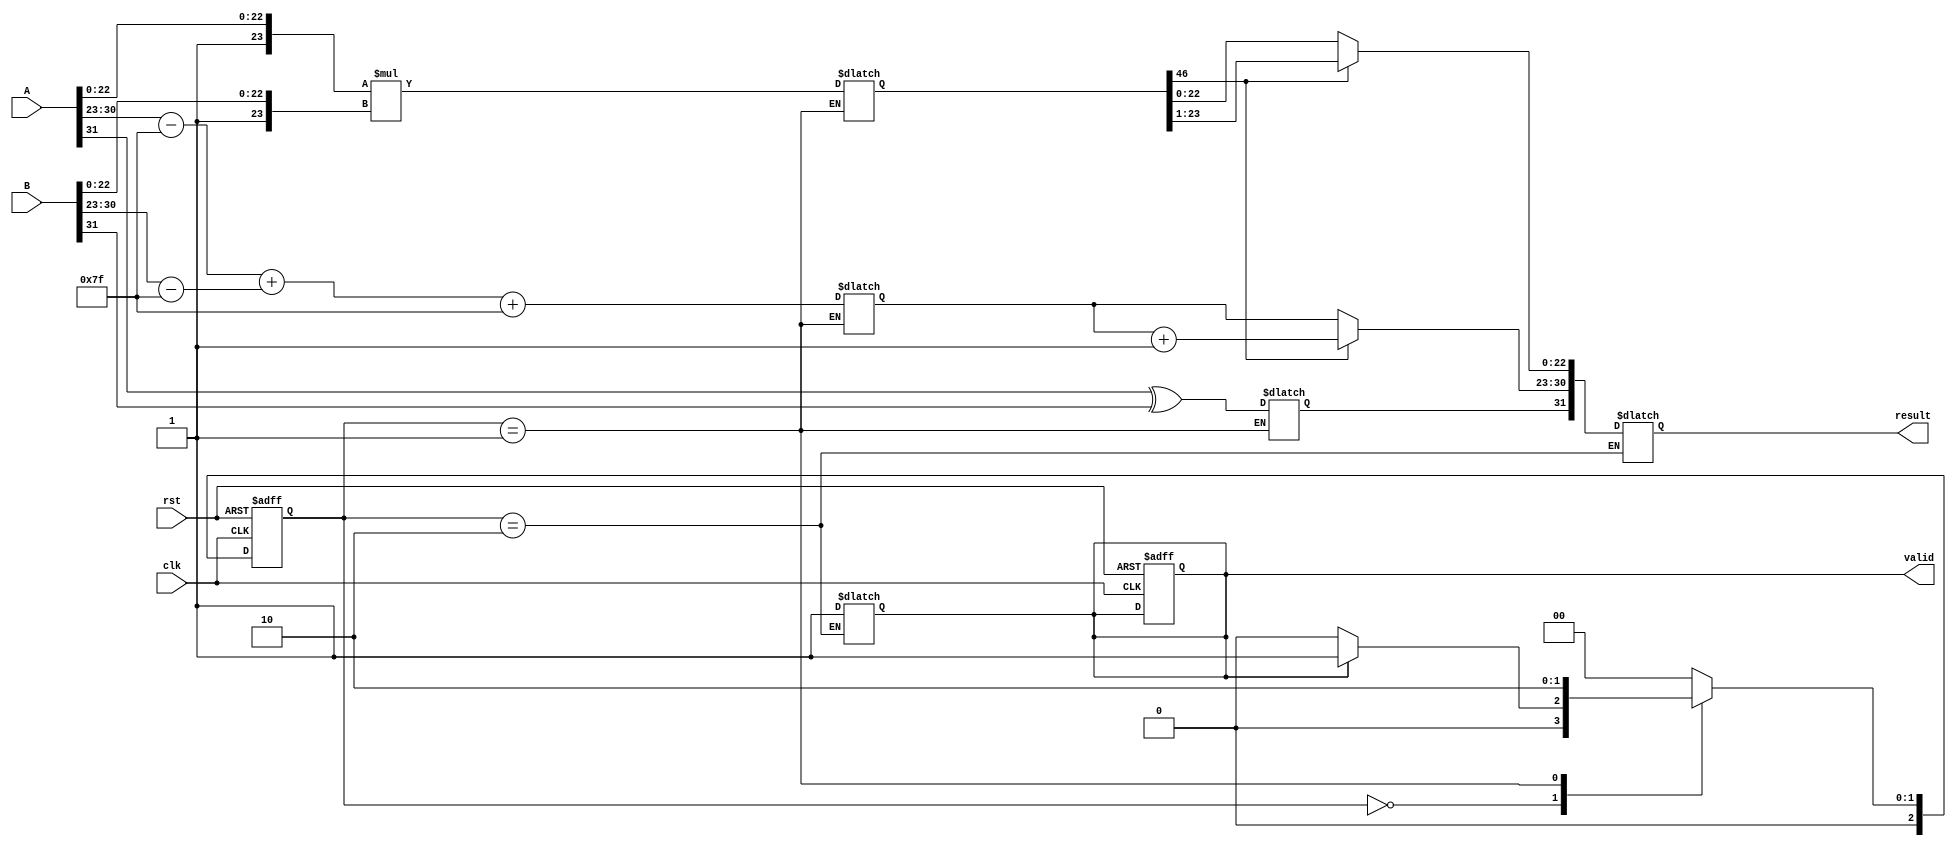
module fp_multiplier #(
    parameter e = 8,       // Exponent bits
    parameter f = 23,      // Mantissa bits
    parameter bias = 127   // Bias for exponent
)(
    input wire clk,             // Clock signal
    input wire rst,             // Reset signal
    input wire [31:0] A,       // Input floating-point A
    input wire [31:0] B,       // Input floating-point B
    output reg [31:0] result,   // Output floating-point result
    output reg valid            // Output valid signal
);

    // Stage 1: Input Registration
    reg [31:0] reg_A, reg_B;
    
    // Stage 2: Sign Calculation
    reg sign_A, sign_B, sign_result;
    
    // Stage 3: Exponent Calculation
    reg [e-1:0] exp_A, exp_B, exp_result;
    
    // Stage 4: Mantissa Multiplication
    reg [f:0] mantissa_A, mantissa_B; // Use f+1 bits for implicit leading 1
    reg [2*f:0] mantissa_result; // Result of multiplication
    
    // Stage 5: Result Normalization
    reg [f:0] mantissa_normalized;
    reg [e-1:0] exp_normalized;
    
    // Control FSM (not implemented, but structure is given for understanding)
    reg [2:0] state, next_state;
    localparam IDLE = 3'b000, 
               PIPELINE = 3'b001, 
               FINALIZE = 3'b010;

    // Pipelined Floation-Point Multiplier
    always @(posedge clk or posedge rst) begin
        if (rst) begin
            state <= IDLE;
            valid <= 0;
        end else begin
            state <= next_state;
        end
    end

    // State machine to handle the pipeline stages
    always @(*) begin
        case (state)
            IDLE: begin
                // Wait for inputs and load them when ready
                if (valid) begin
                    next_state = PIPELINE;
                end else begin
                    next_state = IDLE;
                end
            end
            
            PIPELINE: begin
                // Perform the multiplication stages
                // Stage 1: Input Registration
                reg_A = A;
                reg_B = B;
                
                sign_A = reg_A[31];
                sign_B = reg_B[31];
                
                mantissa_A = {1'b1, reg_A[22:0]};
                mantissa_B = {1'b1, reg_B[22:0]};
                
                exp_A = reg_A[30:23] - bias; // Bias subtraction
                exp_B = reg_B[30:23] - bias; // Bias subtraction
                
                // Stage 2: Sign Calculation
                sign_result = sign_A ^ sign_B;
                
                // Stage 3: Exponent Calculation
                exp_result = exp_A + exp_B + bias; // Add biased exponents
                
                // Stage 4: Mantissa Multiplication
                mantissa_result = mantissa_A * mantissa_B;
                
                // Move to finalization
                next_state = FINALIZE;
            end
            
            FINALIZE: begin
                // Stage 5: Result Normalization
                if (mantissa_result[2*f]) begin // Check for normalization
                    mantissa_normalized = mantissa_result[2*f-1:1];
                    exp_normalized = exp_result + 1; // Increment exponent
                end else begin
                    mantissa_normalized = mantissa_result[2*f-2:0];
                    exp_normalized = exp_result;
                end
                
                // Stage 6: Final Registration
                result = {sign_result, exp_normalized[7:0], mantissa_normalized[22:0]};
                valid = 1; // Signal that the result is valid
                
                next_state = IDLE;
            end
            
            default: next_state = IDLE;
        endcase
    end

endmodule